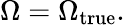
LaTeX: \Omega=\Omega_{\mathrm{true}}.